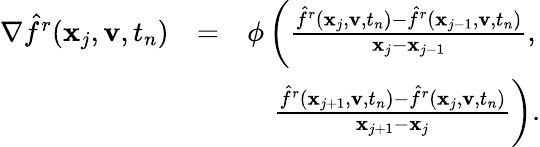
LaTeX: \begin{array}{rlr}{\nabla\hat{f}^{r}(\mathbf x_{j},\mathbf v,t_{n})}&{=}&{\phi\left(\frac{\hat{f}^{r}(\mathbf x_{j},\mathbf v,t_{n})-\hat{f}^{r}(\mathbf x_{j-1},\mathbf v,t_{n})}{\mathbf x_{j}-\mathbf x_{j-1}},\right.}\\ &{}&{\left.\frac{\hat{f}^{r}(\mathbf x_{j+1},\mathbf v,t_{n})-\hat{f}^{r}(\mathbf x_{j},\mathbf v,t_{n})}{\mathbf x_{j+1}-\mathbf x_{j}}\right).}\end{array}